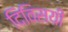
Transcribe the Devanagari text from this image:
दिविसयी